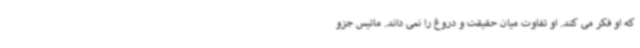
که او فکر می کند. او تفاوت میان حقیقت و دروغ را نمی داند. ماتیس جزو